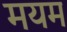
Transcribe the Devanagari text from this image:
मयम